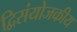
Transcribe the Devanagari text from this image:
द्विसंयोजकीय